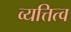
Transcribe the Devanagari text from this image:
व्यत्तित्व